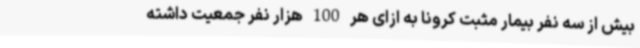
بیش از سه نفر بیمار مثبت کرونا به ازای هر 100 هزار نفر جمعیت داشته